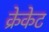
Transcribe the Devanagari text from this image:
क्रेकेट